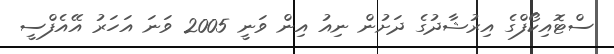
ސްޓޮއިކޯފްގެ އިރުޝާދުގެ ދަށުން ނިއު އިން ވަނީ 2005 ވަނަ އަހަރު އޭއެފްސީ